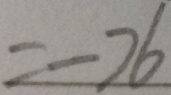
= - 7 6